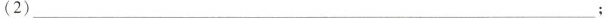
(2)___；